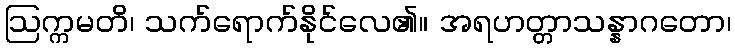
ဩက္ကမတိ၊ သက်ရောက်နိုင်လေ၏။ အရဟတ္တာသန္နာဂတော၊